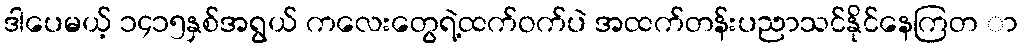
ဒါပေမယ့် ၁၄၁၅နှစ်အရွယ် ကလေးတွေရဲ့ထက်ဝက်ပဲ အထက်တန်းပညာသင်နိုင်နေကြတ ာ